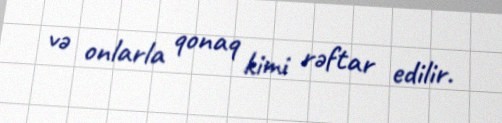
və onlarla qonaq kimi rəftar edilir.